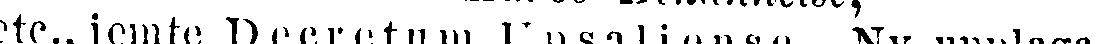
etc., jemte Decretum Upsaliense. Ny upplaga